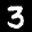
Label: 3